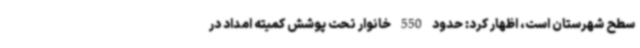
سطح شهرستان است، اظهار کرد: حدود 550 خانوار تحت پوشش کمیته امداد در